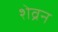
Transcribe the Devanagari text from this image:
शेव्रन